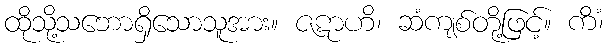
ထိုသို့သဘောရှိသောသူအား။ ဇဋာဟိ၊ ဆံကျစ်တို့ဖြင့်။ ကိံ၊